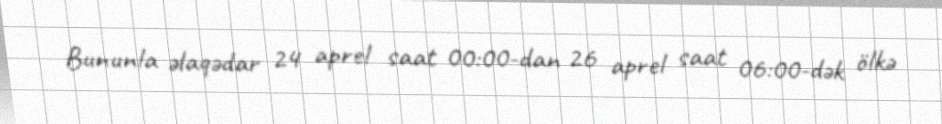
Bununla əlaqədar 24 aprel saat 00:00-dan 26 aprel saat 06:00-dək ölkə